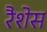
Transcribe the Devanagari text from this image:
रैशेस